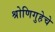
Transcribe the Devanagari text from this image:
श्रोणिगुहेचे